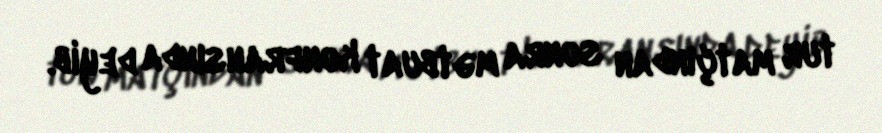
tur matçından sonra mətbuat konfransında deyib.